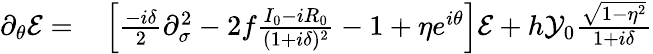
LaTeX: \begin{array}{rl}{\partial_{\theta}\mathcal{E}=}&{{}\left[\frac{-i\delta}{2}\partial_{\sigma}^{2}-2f\frac{I_{0}-iR_{0}}{(1+i\delta)^{2}}-1+\eta e^{i\theta}\right]\mathcal{E}+h\mathcal{Y}_{0}\frac{\sqrt{1-\eta^{2}}}{1+i\delta}}\end{array}